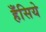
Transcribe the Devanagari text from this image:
हँसिये